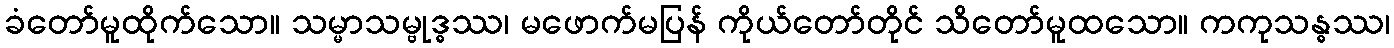
ခံတော်မူထိုက်သော။ သမ္မာသမ္ဗုဒ္ဓဿ၊ မဖောက်မပြန် ကိုယ်တော်တိုင် သိတော်မူထသော။ ကကုသန္ဓဿ၊